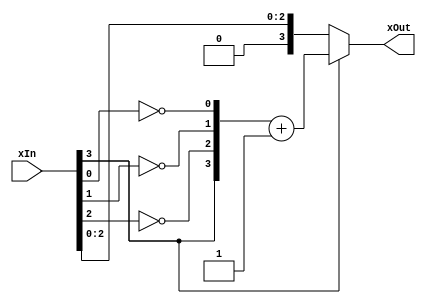
module XsTruthComplenet(input[3:0] xIn , output[3:0] xOut);
	assign xOut = xIn[3] ? ({xIn[3],!xIn[2],!xIn[1],!xIn[0]}+4'b1) : xIn;
endmodule